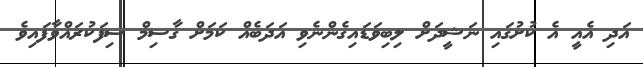
އަދި އެއީ އެ ކުށުގައި ނަޝީދަށް ލިބިވަޑައިގެންނެވި އަދަބެއް ކަމަށް ގާސިމް ސިފަކުރައްވާފައިވެ